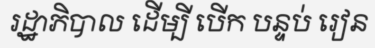
រដ្ឋាភិបាល ដើម្បី បើក បន្ទប់ រៀន